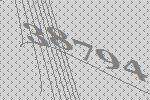
38794